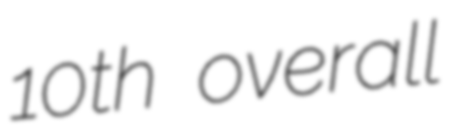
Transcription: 10th overall